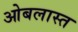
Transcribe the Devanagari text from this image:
ओबलास्त